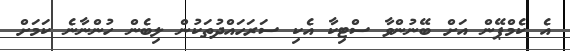
އެ ކެމްޕޭން އަށް ބޭނުންވާ ސްޓިކާ އެކި ސަރަހައްދުތަކުން ލިބެން ހުންނާނެ ކަމަށް